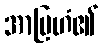
အာဗြဟံ၏